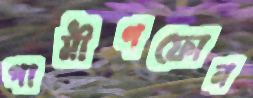
গামীণফোন